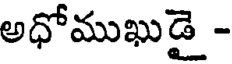
అధోముఖుడై -